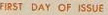
FIRST DAY OF ISSUE